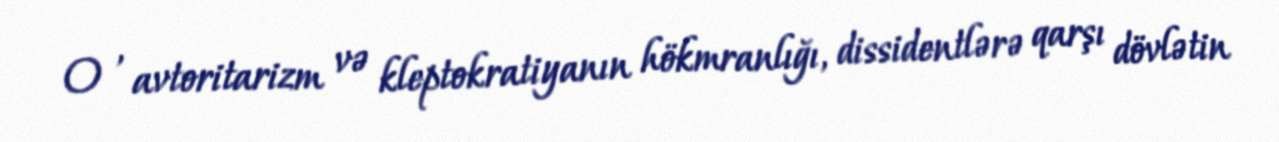
O , avtoritarizm və kleptokratiyanın hökmranlığı, dissidentlərə qarşı dövlətin